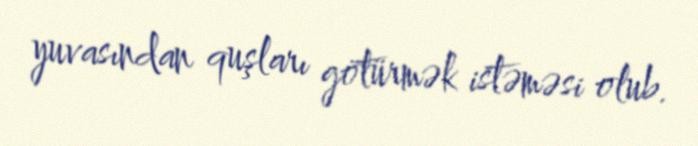
yuvasından quşları götürmək istəməsi olub.